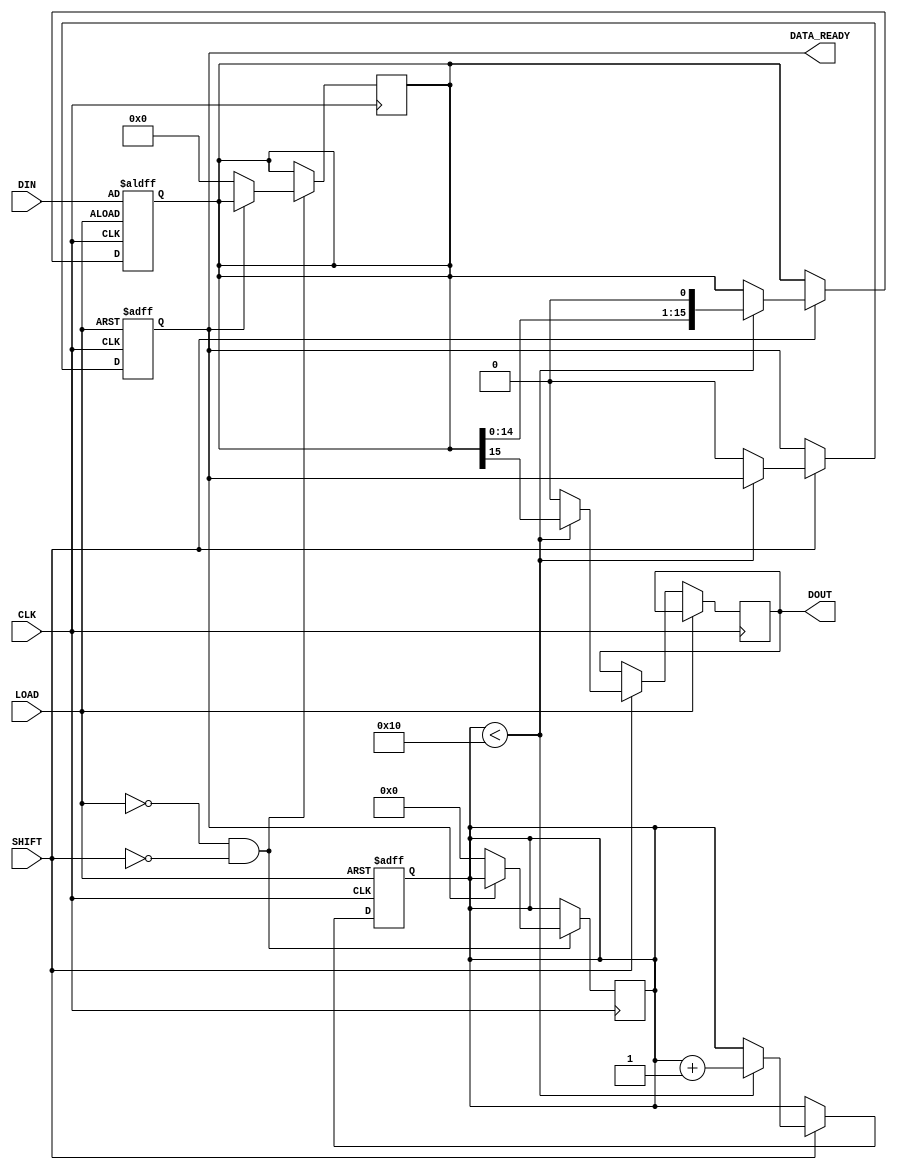
module PISO_Register (
    input wire [15:0] DIN,      // 16-bit parallel data input
    input wire LOAD,            // Load control signal
    input wire SHIFT,           // Shift control signal
    input wire CLK,             // Clock signal
    output reg DOUT,            // Serial output
    output reg DATA_READY       // Data ready flag (optional)
);

    reg [15:0] shift_reg;       // 16-bit shift register
    reg [4:0] bit_count;        // Bit counter for tracking shifts

    // Asynchronous reset (optional)
    always @(posedge CLK or posedge LOAD) begin
        if (LOAD) begin
            shift_reg <= DIN;    // Load data into the shift register
            bit_count <= 0;      // Reset bit counter
            DATA_READY <= 1;     // Indicate data is ready
        end
        else if (SHIFT) begin
            if (bit_count < 16) begin
                DOUT <= shift_reg[15]; // Output the MSB to DOUT
                shift_reg <= {shift_reg[14:0], 1'b0}; // Shift right
                bit_count <= bit_count + 1; // Increment bit counter
            end
            else begin
                DOUT <= 1'b0; // After all bits are shifted out, DOUT can be set to 0
                DATA_READY <= 0; // Indicate data is no longer ready
            end
        end
    end

    // Optional: Reset functionality to clear the register
    always @(negedge CLK) begin
        if (!LOAD && !SHIFT) begin
            // Retain last state or reset to zero if desired
            if (!DATA_READY) begin
                shift_reg <= 16'b0; // Clear the register if not in use
                bit_count <= 0; // Reset bit counter
            end
        end
    end

endmodule